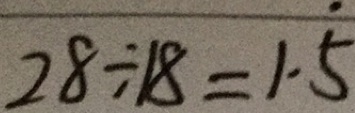
2 8 \div 1 8 = 1 . \dot { 5 }